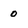
Character: 0